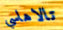
تالاهاسي